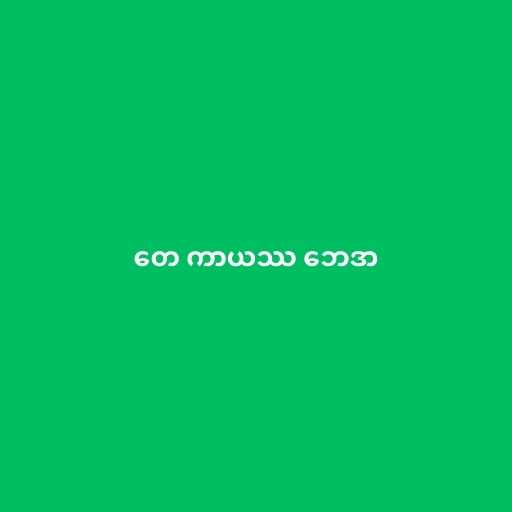
တေ ကာယဿ ဘေဒာ